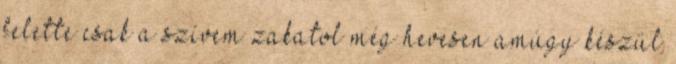
felette csak a szívem zakatol még hevesen amúgy készül